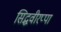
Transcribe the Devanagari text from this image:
सिद्धवीरप्पा